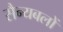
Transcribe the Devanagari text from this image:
सैन्यबलों